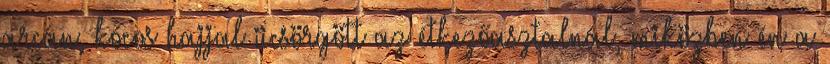
arcán, kócos hajjal ücsörgött az étkezőasztalnál, miközben én a